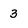
Character: 3